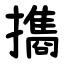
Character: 㩦